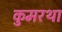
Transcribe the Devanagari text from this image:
कुमरथा